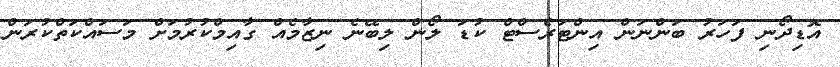
އޮޑިދޯނި ފަހަރު ބަންނަން އިންޓަރެސްޓް ކުޑަ ލޯން ލިބޭނެ ނިޒާމެއް ގާއިމްކުރުމަށް މަސައްކަތްކުރަން